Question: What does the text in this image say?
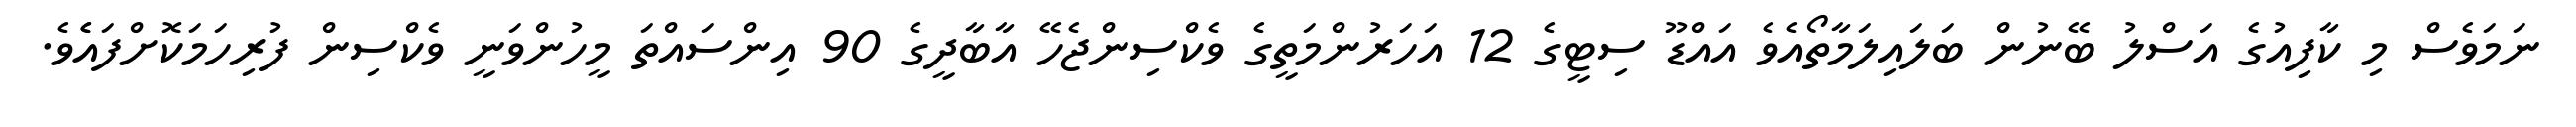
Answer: ނަމަވެސް މި ކާފިއުގެ އަސްލު ބޭނުން ބަލައިލަމާތޯއެވެ އައްޑޫ ސިޓީގެ 12 އަހަރުންމަތީގެ ވެކްސިންޖެހޭ އާބާދީގެ 90 އިންސައްތަ މީހުންވަނީ ވެކްސިން ފުރިހަމަކޮށްފައެެވެ.